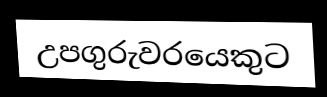
උපගුරුවරයෙකුට